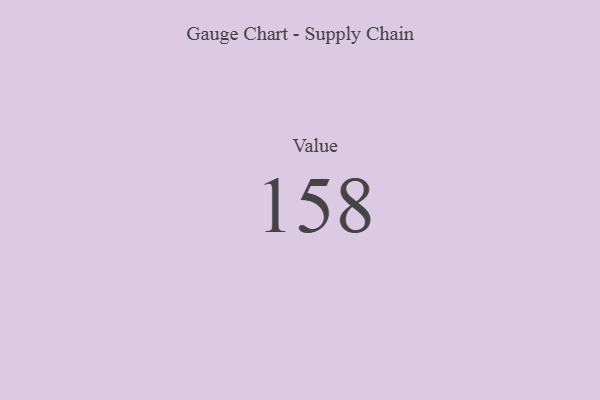
{"axis": {"x": "Metric", "y": "Value"}, "legend": [""], "data": [{"x": "Value", "y": 158, "type": ""}]}